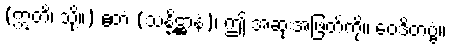
(ဣတိ၊ သို့။) ဧတံ (သန္နိဋ္ဌာနံ)၊ ဤ အဆုံးအဖြတ်ကို။ ဝေဒိတဗ္ဗံ။